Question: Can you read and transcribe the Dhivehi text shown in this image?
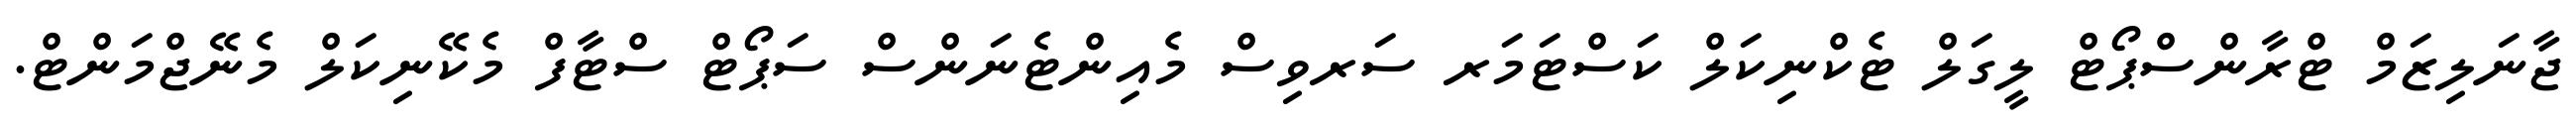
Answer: ޖާނަލިޒަމް ޓްރާންސްޕޯޓް ލީގަލް ޓެކްނިކަލް ކަސްޓަމަރ ސަރވިސް މެއިންޓެނަންސް ސަޕޯޓް ސްޓާފް މެކޭނިކަލް މެނޭޖްމަންޓް.